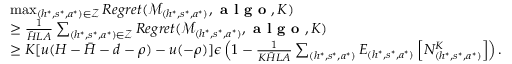
\begin{array} { r l } & { \mathop { \operatorname* { m a x } } _ { ( h ^ { * } , s ^ { * } , a ^ { * } ) \in \mathcal { Z } } R e g r e t ( \mathcal { M } _ { ( h ^ { * } , s ^ { * } , a ^ { * } ) } , \textbf { a l g o } , K ) } \\ & { \geq \frac { 1 } { \bar { H } L A } \sum _ { ( h ^ { * } , s ^ { * } , a ^ { * } ) \in \mathcal { Z } } R e g r e t ( \mathcal { M } _ { ( h ^ { * } , s ^ { * } , a ^ { * } ) } , \textbf { a l g o } , K ) } \\ & { \geq K [ u ( H - \bar { H } - d - \rho ) - u ( - \rho ) ] \epsilon \left( 1 - \frac { 1 } { K \bar { H } L A } \sum _ { ( h ^ { * } , s ^ { * } , a ^ { * } ) } E _ { ( h ^ { * } , s ^ { * } , a ^ { * } ) } \left[ N _ { ( h ^ { * } , s ^ { * } , a ^ { * } ) } ^ { K } \right] \right) . } \end{array}